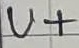
Text: U+